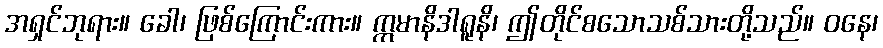
အရှင်ဘုရား။ ခေါ၊ ဖြစ်ကြောင်းကား။ ဣမာနိဒါရူနိ၊ ဤတိုင်စသောသစ်သားတို့သည်။ ဝနေ၊